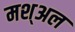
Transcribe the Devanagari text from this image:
मश्अल